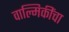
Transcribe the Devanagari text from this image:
वाल्मिकींचा